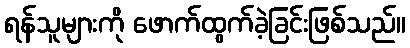
ရန်သူများကို ဖောက်ထွက်ခဲ့ခြင်းဖြစ်သည်။